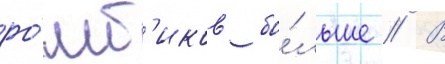
ро́мб'иков бо́льше // В